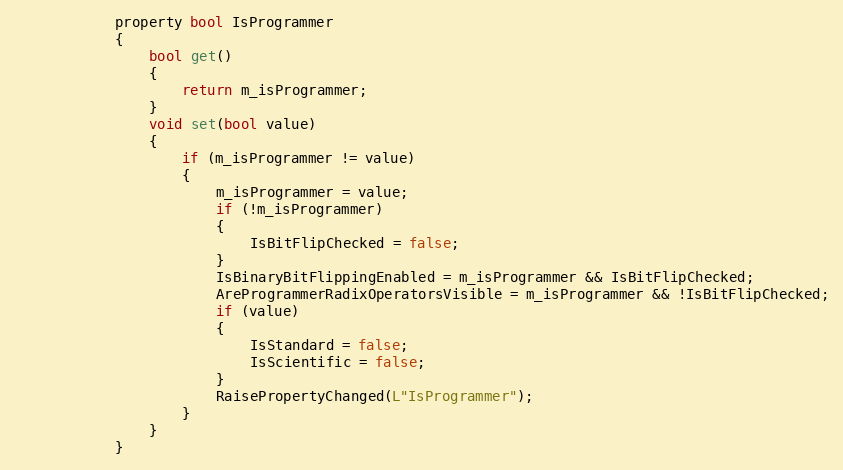
Language: C
            property bool IsProgrammer
            {
                bool get()
                {
                    return m_isProgrammer;
                }
                void set(bool value)
                {
                    if (m_isProgrammer != value)
                    {
                        m_isProgrammer = value;
                        if (!m_isProgrammer)
                        {
                            IsBitFlipChecked = false;
                        }
                        IsBinaryBitFlippingEnabled = m_isProgrammer && IsBitFlipChecked;
                        AreProgrammerRadixOperatorsVisible = m_isProgrammer && !IsBitFlipChecked;
                        if (value)
                        {
                            IsStandard = false;
                            IsScientific = false;
                        }
                        RaisePropertyChanged(L"IsProgrammer");
                    }
                }
            }